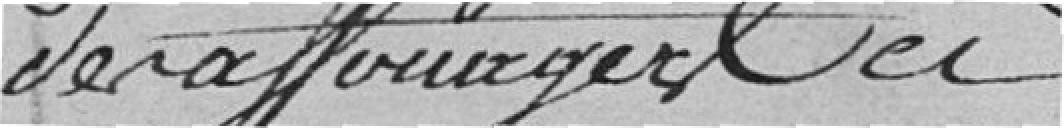
de l'affouager, à